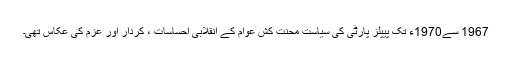
1967 سے1970ء تک پیپلز پارٹی کی سیاست محنت کش عوام کے انقلابی احساسات ، کردار اور عزم کی عکاس تھی۔